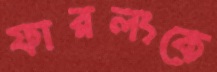
ফারলংকে